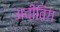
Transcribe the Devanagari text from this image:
अचीविंग